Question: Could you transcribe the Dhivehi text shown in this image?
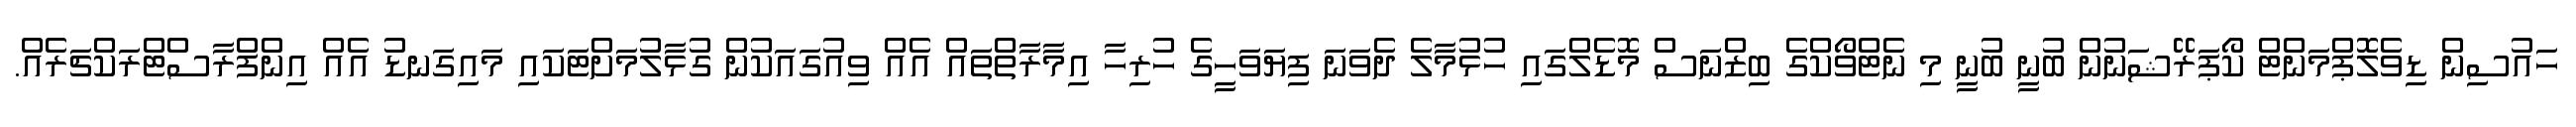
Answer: ހައުސިން ޑިވެލޮޕްމަންޓް ކޯޕަރޭޝަނުން ބުނީ ބުނީ މި ނެޓްވޯކްގެ ބިޒްނަސް މޮޑެލްގައި ހުޅުމާލެ ދެވަނަ ފިޔަވަހީގެ ހުރިހާ އިމާރާތްތައް އެއް ވިއުގައަކުން ގުޅާލުމަށްޓަކައި މައިގަނޑު އެއް އިންފްރާސްޓްރަކްޗަރެއް.